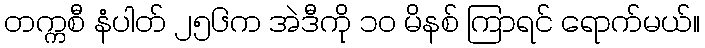
တက္ကစီ နံပါတ် ၂၅၆က အဲဒီကို ၁၀ မိနစ် ကြာရင် ရောက်မယ်။